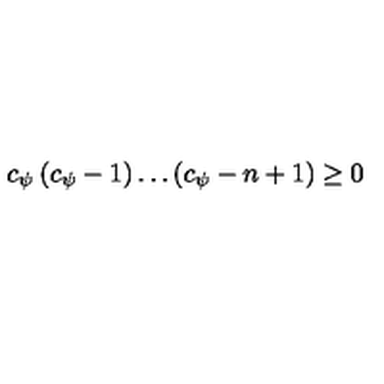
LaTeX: c _ { \psi } \left( c _ { \psi } - 1 \right) \dots \left( c _ { \psi } - n + 1 \right) \geq 0